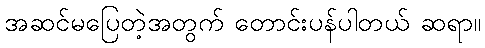
အဆင်မပြေတဲ့အတွက် တောင်းပန်ပါတယ် ဆရာ။